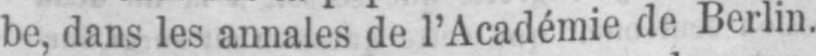
be, dans les annales de l’Académie de Berlin.